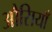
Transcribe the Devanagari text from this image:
औसियाँ